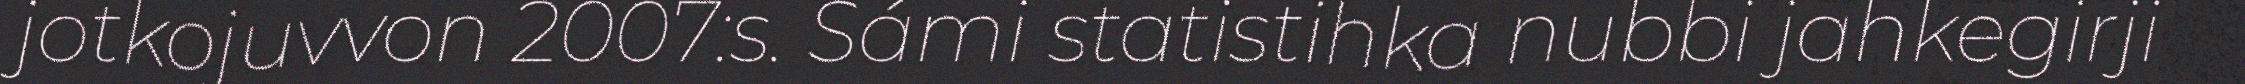
jotkojuvvon 2007:s. Sámi statistihka nubbi jahkegirji